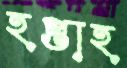
হপ্তাহ